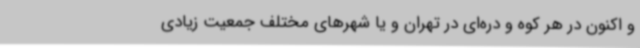
و اکنون در هر کوه و دره‌ای در تهران و یا شهرهای مختلف جمعیت زیادی